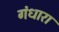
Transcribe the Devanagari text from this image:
गंधारा